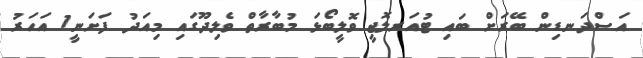
އަސްދަނޑިން ބޭރަށް ބައި ޓުއަރލޮޖީ ވޮލީބޯޅަ މުބާރާތް ވެލިދޫގައި މިއަދު ފަށަނީ1 އަހަރު